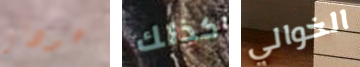
عودتى كذلك الخوالي